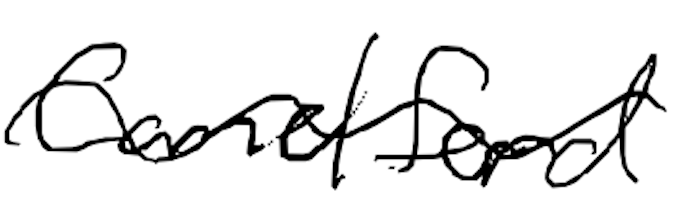
Text: Camelford
Cross-out: mix
Writing tool: digital_black